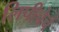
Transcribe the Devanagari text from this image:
लिपीचेचं